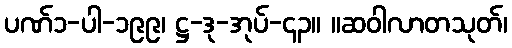
ပဏ်၁-ပါ-၁၉၉၊ ဋ္ဌ-ဒု-အုပ်-၄၃။ ။ဆဝါလာတသုတ်၊